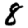
Digit: 8